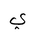
Letter: _ya